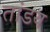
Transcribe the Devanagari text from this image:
तांडय